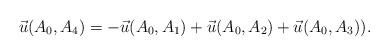
LaTeX: \begin{align*}\vec {u}(A_{0},A_{4})= - \vec {u}(A_{0},A_{1})+\vec {u}(A_{0},A_{2})+\vec {u}(A_{0},A_{3})).\end{align*}